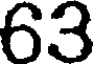
63